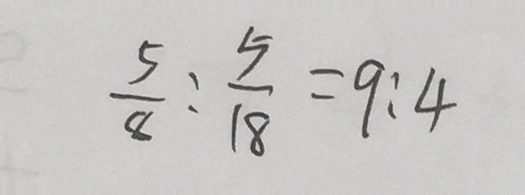
\frac { 5 } { 8 } : \frac { 5 } { 1 8 } = 9 : 4